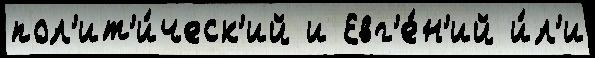
пол'ит'и́ческ'ий и Евг'е́н'ий и́л'и